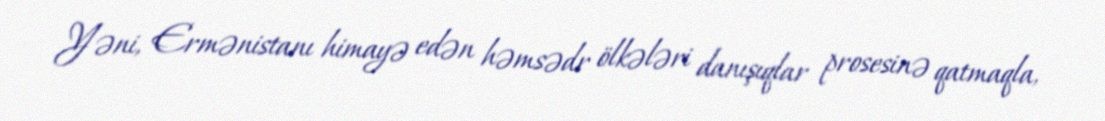
Yəni, Ermənistanı himayə edən həmsədr ölkələri danışıqlar prosesinə qatmaqla,